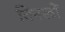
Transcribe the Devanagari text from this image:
तिनखों